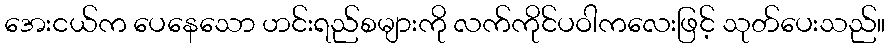
အေးငယ်က ပေနေသော ဟင်းရည်စများကို လက်ကိုင်ပဝါကလေးဖြင့် သုတ်ပေးသည်။